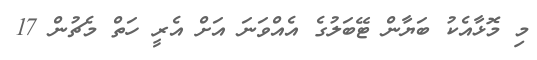
މި މޮޅާއެކު ބަޔާން ޓޭބަލުގެ އެއްވަނަ އަށް އެރީ ހަތް މެޗުން 17